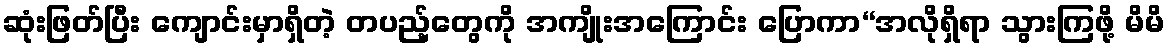
ဆုံးဖြတ်ပြီး ကျောင်းမှာရှိတဲ့ တပည့်တွေကို အကျိုးအကြောင်း ပြောကာ“အလိုရှိရာ သွားကြဖို့ မိမိ